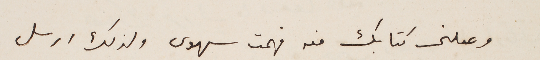
وصلنى كتابك منه فهمت سهوى ولذلك ارسل